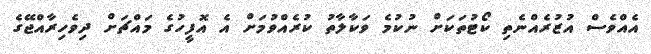
އެއްވެސް އުޒުރެއްނެތި ކޯޓުތަކަށް ނުކުމެ ވަކާލާތު ކުރެއްވުމަށް އެ އޮފީހުގެ މައްޗަށް ދިވެހިރާއްޖޭގެ